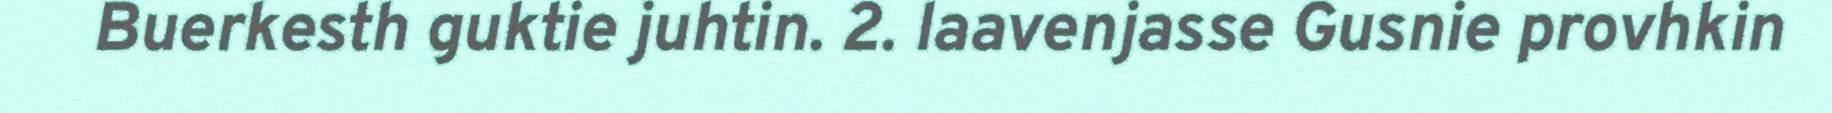
Buerkesth guktie juhtin. 2. laavenjasse Gusnie provhkin